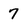
Character: 7